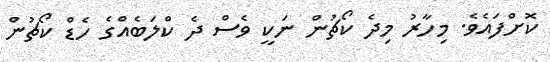
ކޮށްފައެވެ. މިހާރު މިދެ ކޯޗުން ނަކީ ވެސް ދެ ކްލަބެއްގެ ހެޑް ކޯޗުން